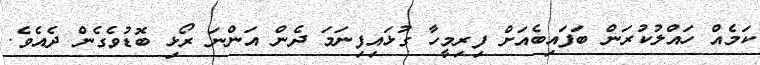
ކަމެއް ހައްލުކުރަން ބަފައިބެއަށް ފިރިމީހާ ގުޅައިފިނަމަ ދެން އަންނަ ރޯޅި ބޮޑުވެގެން ދެއެވެ.